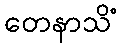
တေနာသိံ